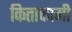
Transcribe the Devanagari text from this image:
किताकामी